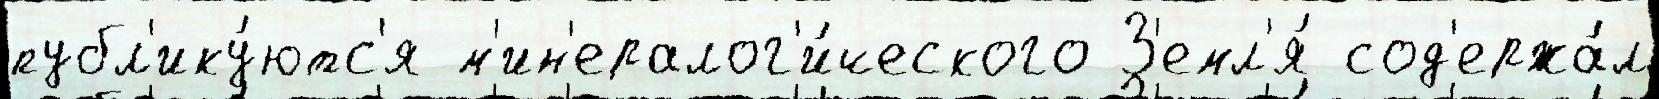
публ'ику́ютс'я м'ин'ералог'и́ческого З'емл'я́ сод'ержа́л